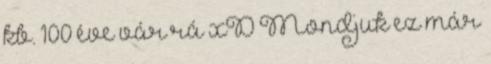
kb. 100 éve vár rá xD Mondjuk ez már